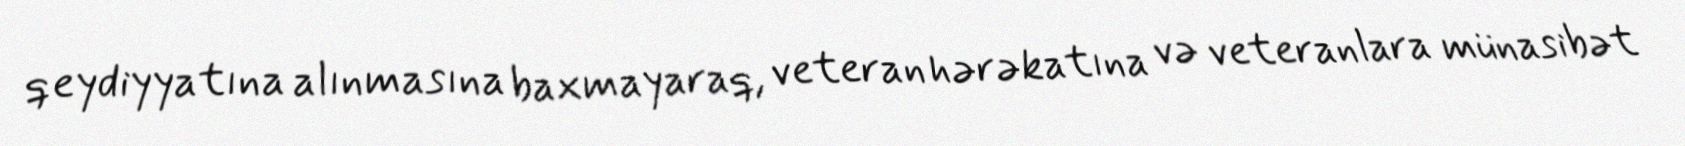
qeydiyyatına alınmasına baxmayaraq, veteran hərəkatına və veteranlara münasibət